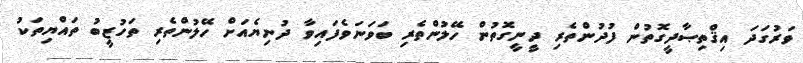
ވަރުގަދަ އިޤްތިޞާދީގޮތުން ފުދުންތެރި ދީނީގޮތުން ހޭލުންތެރި ބަވަނަވެފައިވާ ދުނިޔެއަށް ހޭލުންތެރި ތަހުޒީބު ތައްޔިތަކު